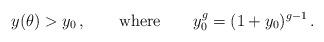
LaTeX: \begin{align*} y(\theta) > y_0 \,, \qquad {\rm where} \qquad y_0^g = (1+y_0)^{g-1} \,.\end{align*}